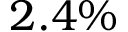
2 . 4 \%